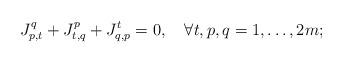
LaTeX: \begin{align*}J_{p,t}^q+J_{t,q}^p+J_{q,p}^t=0, \quad\forall t,p,q=1,\ldots,2m;\end{align*}